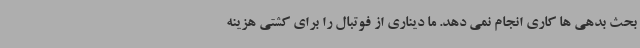
بحث بدهی ها کاری انجام نمی دهد. ما دیناری از فوتبال را برای کشتی هزینه